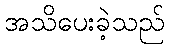
အသိပေးခဲ့သည်